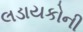
લડાયકોની